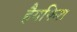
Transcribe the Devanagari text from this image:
हैगफिश